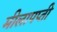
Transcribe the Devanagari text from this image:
मीलापप्ती